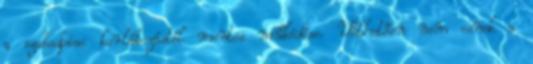
a szabadpiac korlátozástól mentes működése. Vélhetően nem esnek a